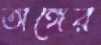
অঙ্গের